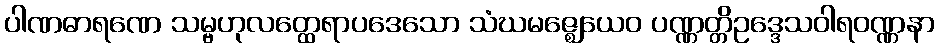
ပါဏဓာရဏေ သမ္ဗဟုလတ္ထေရာပဒေသော သံဃမဇ္ဈေယေဝ ပဏ္ဏတ္တိဥဒ္ဒေသဝါရဝဏ္ဏနာ